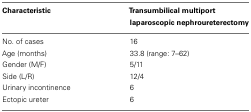
<table><thead><tr><td><b>Characteristic</b></td><td><b>Transumbilical multiport laparoscopic nephroureterectomy</b></td></tr></thead><tbody><tr><td>No. of cases</td><td>16</td></tr><tr><td>Age (months)</td><td>33.8 (range: 7–62)</td></tr><tr><td>Gender (M/F)</td><td>5/11</td></tr><tr><td>Side (L/R)</td><td>12/4</td></tr><tr><td>Urinary incontinence</td><td>6</td></tr><tr><td>Ectopic ureter</td><td>6</td></tr></tbody></table>